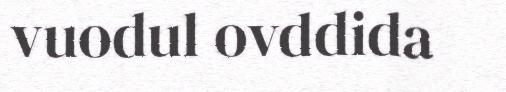
vuodul ovddida